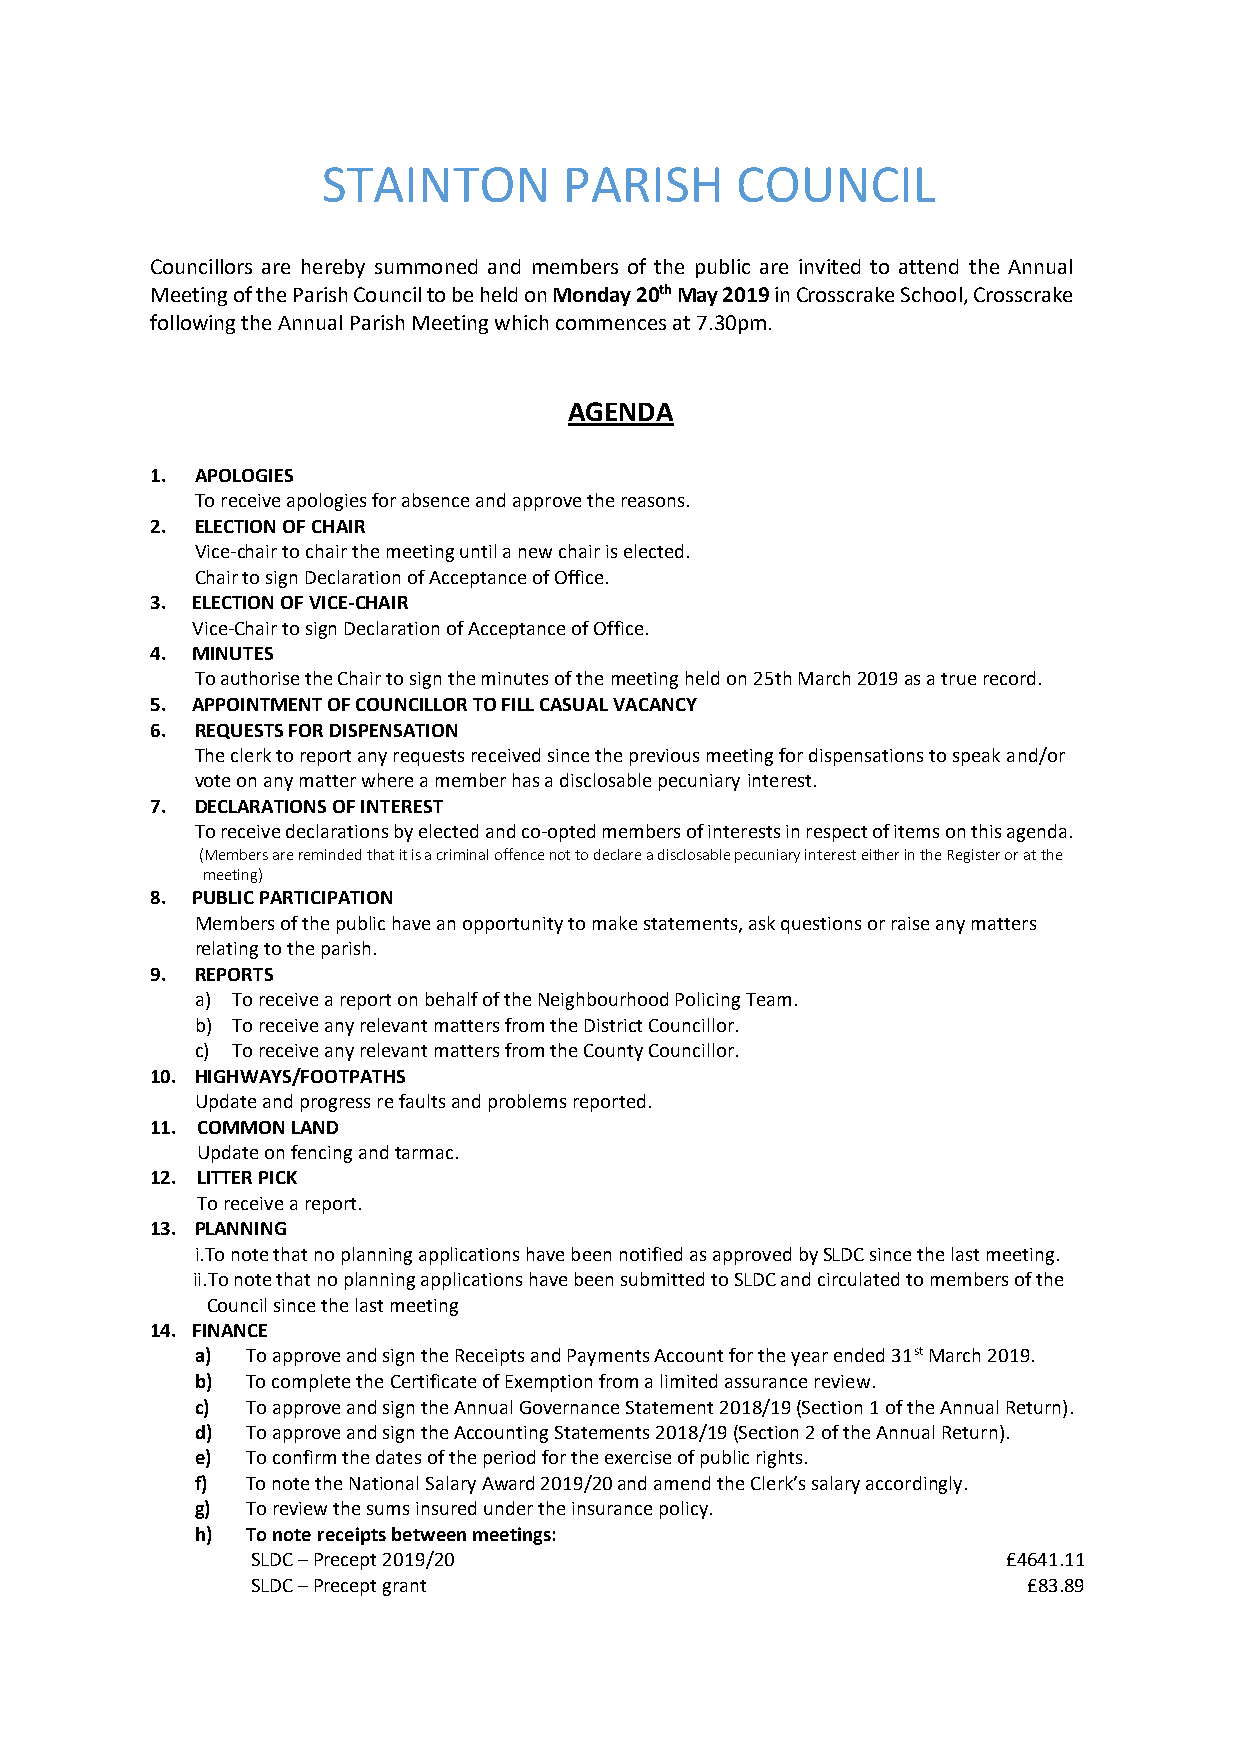
STAINTON        PARISH      COUNCIL
 Councillors are hereby summoned and members of the public are invited to attend the Annual
 Meeting of the Parish Council to be held on Monday 20th May 2019 in Crosscrake School, Crosscrake
 following the Annual Parish Meeting which commences at 7.30pm.
 AGENDA
 1. APOLOGIES
 To receive apologies for absence and approve the reasons.
 2. ELECTION OF CHAIR
 Vice-chair to chair the meeting until a new chair is elected.
 Chair to sign Declaration of Acceptance of Office.
 3. ELECTION OF VICE-CHAIR
 Vice-Chair to sign Declaration of Acceptance of Office.
 4. MINUTES
 To authorise the Chair to sign the minutes of the meeting held on 25th March 2019 as a true record.
 5. APPOINTMENT OF COUNCILLOR TO FILL CASUAL VACANCY
 6. REQUESTS FOR DISPENSATION
 The clerk to report any requests received since the previous meeting for dispensations to speak and/or
 vote on any matter where a member has a disclosable pecuniary interest.
 7. DECLARATIONS OF INTEREST
 To receive declarations by elected and co-opted members of interests in respect of items on this agenda.
 (Members are reminded that it is a criminal offence not to declare a disclosable pecuniary interest either in the Register or at the
 meeting)
 8. PUBLIC PARTICIPATION
 Members of the public have an opportunity to make statements, ask questions or raise any matters
 relating to the parish.
 9. REPORTS
 a) To receive a report on behalf of the Neighbourhood Policing Team.
 b) To receive any relevant matters from the District Councillor.
 c) To receive any relevant matters from the County Councillor.
 10. HIGHWAYS/FOOTPATHS
 Update and progress re faults and problems reported.
 11. COMMON LAND
 Update on fencing and tarmac.
 12. LITTER PICK
 To receive a report.
 13. PLANNING
 i.To note that no planning applications have been notified as approved by SLDC since the last meeting.
 ii.To note that no planning applications have been submitted to SLDC and circulated to members of the
 Council since the last meeting
 14. FINANCE
 a) To approve and sign the Receipts and Payments Account for the year ended 31st March 2019.
 b) To complete the Certificate of Exemption from a limited assurance review.
 c) To approve and sign the Annual Governance Statement 2018/19 (Section 1 of the Annual Return).
 d) To approve and sign the Accounting Statements 2018/19 (Section 2 of the Annual Return).
 e) To confirm the dates of the period for the exercise of public rights.
 f) To note the National Salary Award 2019/20 and amend the Clerk’s salary accordingly.
 g) To review the sums insured under the insurance policy.
 h) To note receipts between meetings:
 SLDC – Precept 2019/20                            £4641.11
 SLDC – Precept grant                               £83.89